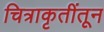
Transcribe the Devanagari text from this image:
चित्राकृतींतून